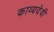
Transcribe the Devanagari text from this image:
काव्यदेवी